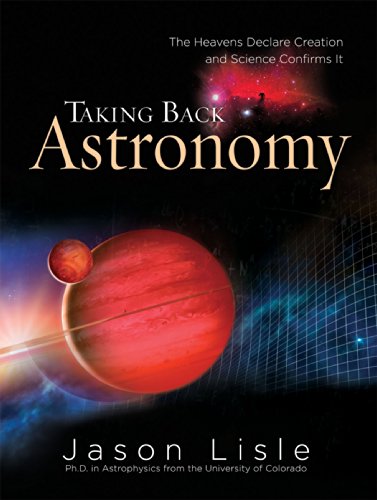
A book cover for Taking Back Astronomy: The Heavens Declare Creation; Jason Lisle; Christian Books & Bibles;